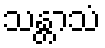
သန္တာသံ